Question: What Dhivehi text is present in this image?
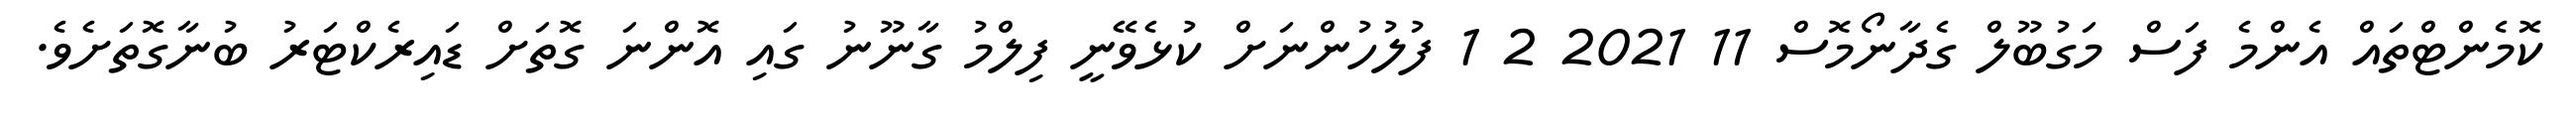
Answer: ކޮމެންޓްތައް އެންމެ ފަސް މަގުބޫލް ގެދާނޯމޮސް 11 2021 2 1 ފުލުހުންނަށް ކުޅެވޭނީ ފިލްމު ގާނޫނު ގައި އޮންނަ ގޮތަށް ޑައިރެކްޓަރު ބުނާގޮތަށެވެ.